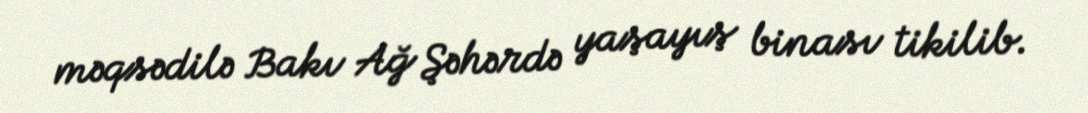
məqsədilə Bakı Ağ Şəhərdə yaşayış binası tikilib.